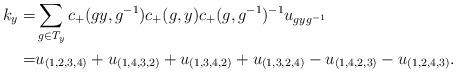
LaTeX: \begin{align*} k_{y} =& \sum_{g\in T_y}c_+(gy,g^{-1})c_+(g,y)c_+(g,g^{-1})^{-1}u_{gyg^{-1}}\\ =& u_{(1,2,3,4)}+ u_{(1,4,3,2)}+ u_{(1,3,4,2)} +u_{(1,3,2,4)}-u_{(1,4,2,3)}-u_{(1,2,4,3)}. \end{align*}